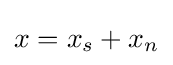
x=x_{s}+x_{n}